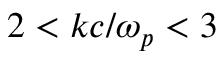
2 < k c / \omega _ { p } < 3